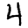
Digit: 4